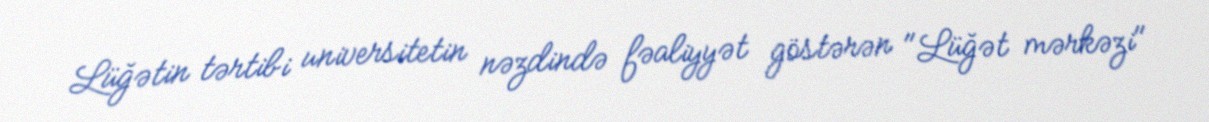
Lüğətin tərtibi universitetin nəzdində fəaliyyət göstərən "Lüğət mərkəzi"